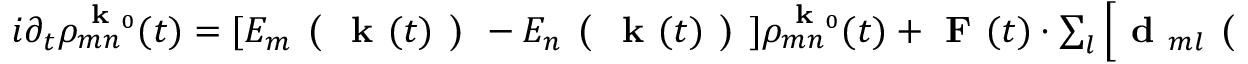
\begin{array} { r } { i \partial _ { t } \rho _ { m n } ^ { \textbf { k } _ { 0 } } ( t ) = [ E _ { m } \textbf { ( } \textbf { k } ( t ) \textbf { ) } - E _ { n } \textbf { ( } \textbf { k } ( t ) \textbf { ) } ] \rho _ { m n } ^ { \textbf { k } _ { 0 } } ( t ) + \textbf { F } ( t ) \cdot \sum _ { l } \left[ \textbf { d } _ { m l } \textbf { ( } \textbf { k } ( t ) \textbf { ) } \rho _ { l n } ^ { \textbf { k } _ { 0 } } ( t ) - \rho _ { m l } ^ { \textbf { k } _ { 0 } } ( t ) \textbf { d } _ { l n } \textbf { ( } \textbf { k } ( t ) \textbf { ) } \right] . } \end{array}